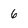
Character: 6